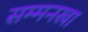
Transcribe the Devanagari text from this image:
सम्मनखा